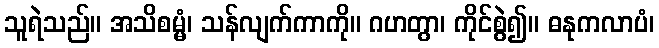
သူရဲသည်။ အသိစမ္မံ၊ သန်လျက်ကာကို။ ဂဟတွာ၊ ကိုင်စွဲ၍။ ဓနုကလာပံ၊